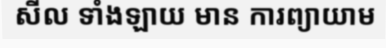
សីល ទាំងឡាយ មាន ការព្យាយាម